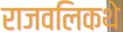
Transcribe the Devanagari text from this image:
राजवलिकथे